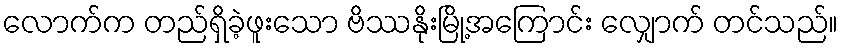
လောက်က တည်ရှိခဲ့ဖူးသော ဗိဿနိုးမြို့အကြောင်း လျှောက် တင်သည်။